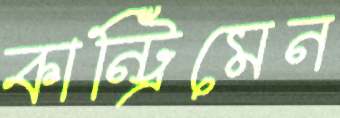
কান্ট্রিমেন